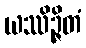
ယဿိဉ္ဇိတံ